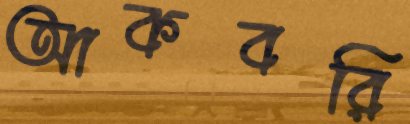
আকবরি